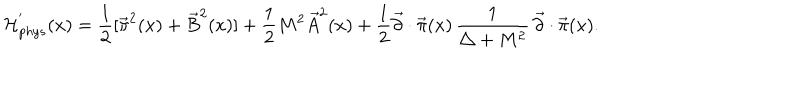
LaTeX: { \cal H } _ { p h y s } ^ { ' } ( x ) = { \frac { 1 } { 2 } } [ { \vec { \pi } } ^ { 2 } ( x ) + { \vec { B } } ^ { 2 } ( x ) ] + { \frac { 1 } { 2 } } M ^ { 2 } { \vec { A } } ^ { 2 } ( x ) + { \frac { 1 } { 2 } } \vec { \partial } \cdot \vec { \pi } ( x ) \, { \frac { 1 } { \triangle + M ^ { 2 } } } \, \vec { \partial } \cdot \vec { \pi } ( x ) .